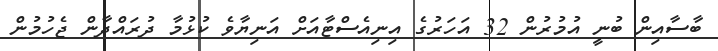
ބާސާއިން ބުނީ އުމުރުން 32 އަހަރުގެ އިނިއެސްޓާއަށް އަނިޔާވެ ކުޅުމާ ދުރައްދާން ޖެހުމުން